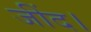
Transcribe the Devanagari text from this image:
जींद।